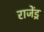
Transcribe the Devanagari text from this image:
राजेंड्र